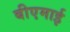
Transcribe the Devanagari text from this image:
बीएमाई